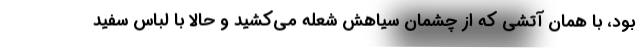
بود، با همان آتشی که از چشمان سیاهش شعله می‌کشید و حالا با لباس سفید